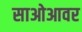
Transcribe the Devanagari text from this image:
साओआवर